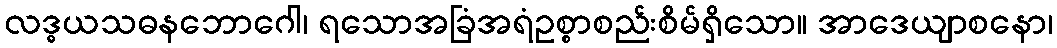
လဒ္ဓယသဓနဘောဂေါ၊ ရသောအခြံအရံဥစ္စာစည်းစိမ်ရှိသော။ အာဒေယျာစနော၊